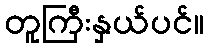
တူကြီးနှယ်ပင်။